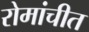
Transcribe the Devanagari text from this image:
रोमांचीत